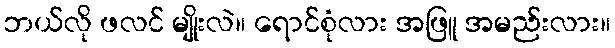
ဘယ်လို ဖလင် မျိုးလဲ။ ရောင်စုံလား အဖြူ အမည်းလား။